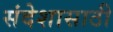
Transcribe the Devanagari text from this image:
संदेशासाठी